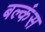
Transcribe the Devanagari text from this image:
बल्कंस